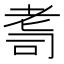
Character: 𦒽